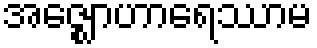
အဇ္ဈောဟာရေဿာမ